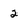
Character: 2